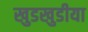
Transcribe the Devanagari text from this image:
खुडखुडीया